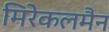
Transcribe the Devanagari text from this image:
मिरेकलमैन